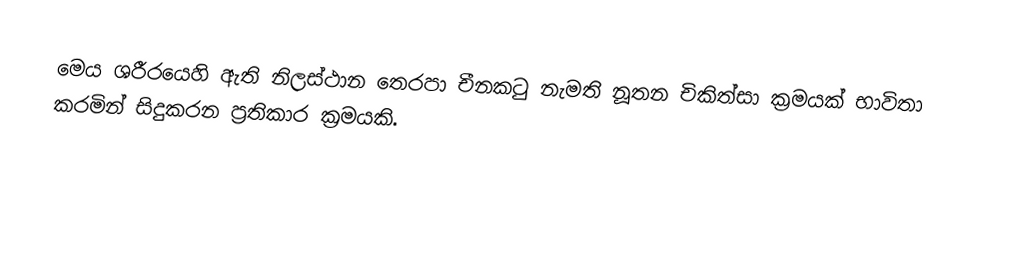
මෙය ශරීරයෙහි ඇති නිලස්ථාන තෙරපා චීනකටු නැමති නූතන චිකිත්සා ක්‍රමයක් භාවිතා කරමින් සිදුකරන ප්‍රතිකාර ක්‍රමයකි.